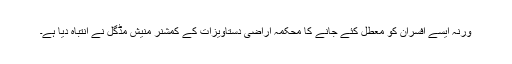
ورنہ ایسے افسران کو معطل کئے جانے کا محکمہ اراضی دستاویزات کے کمشنر منیش مڈگل نے انتباہ دیا ہے۔